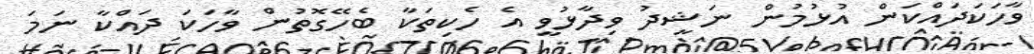
ވާހަކަދައްކަން އުޅުމުން ނަޝީދު ވިދާޅުވީ އެ ހެކިތަކާ ބެހޭގޮތުން ވާހަކަ ދައްކާ ނަމަ